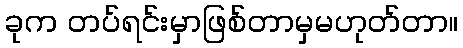
ခုက တပ်ရင်းမှာဖြစ်တာမှမဟုတ်တာ။